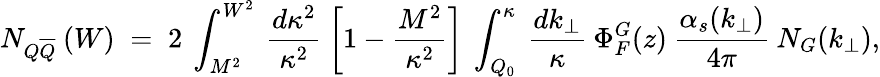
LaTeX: N_{Q\overline{{{Q}}}}\: (W)\; =\; 2\: \int_{M^{2}}^{W^{2}}\: \frac{d\kappa^{2}}{\kappa^{2}}\: \left[1-\frac{M^{2}}{\kappa^{2}}\right]\: \int_{Q_{0}}^{\kappa}\: \frac{dk_{\perp}}{\kappa}\: \Phi_{F}^{G}(z)\: \frac{\alpha_{s}(k_{\perp})}{4\pi}\: N_{G}(k_{\perp}),